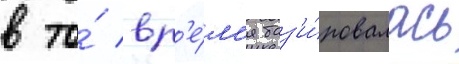
в то́ вр'е́м'я баз'и́ровалась